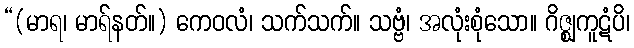
“(မာရ၊ မာရ်နတ်။) ကေဝလံ၊ သက်သက်။ သဗ္ဗံ၊ အလုံးစုံသော။ ဂိဇ္ဈကူဋံပိ၊